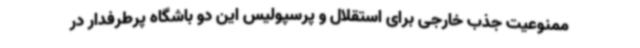
ممنوعیت جذب خارجی برای استقلال و پرسپولیس این دو باشگاه پرطرفدار در